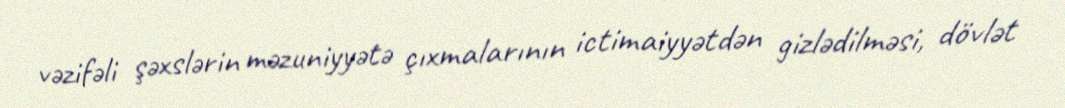
vəzifəli şəxslərin məzuniyyətə çıxmalarının ictimaiyyətdən gizlədilməsi, dövlət